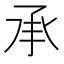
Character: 承